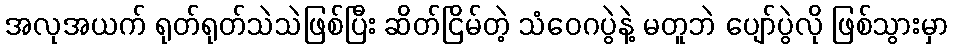
အလုအယက် ရုတ်ရုတ်သဲသဲဖြစ်ပြီး ဆိတ်ငြိမ်တဲ့ သံဝေဂပွဲနဲ့ မတူဘဲ ပျော်ပွဲလို ဖြစ်သွားမှာ